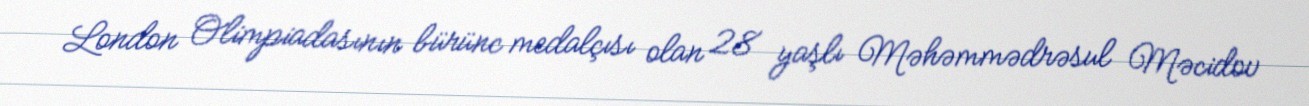
London Olimpiadasının bürünc medalçısı olan 28 yaşlı Məhəmmədrəsul Məcidov